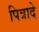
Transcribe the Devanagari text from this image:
पित्रादे